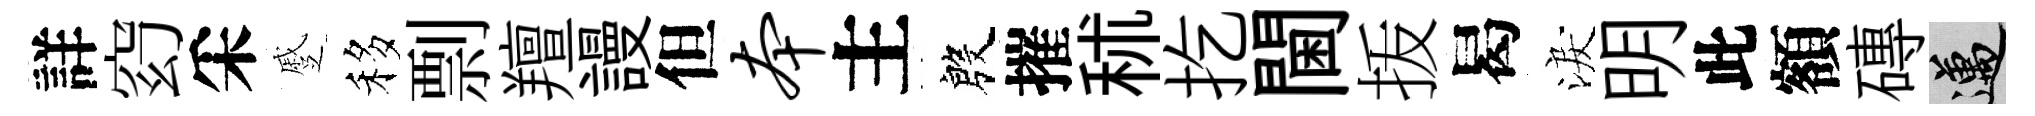
詳𥥆采蹙移剽羶謾但本主殷摧秫扢閫㧞曷淚明此額磚邁